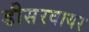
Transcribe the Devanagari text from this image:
डीसरवायर